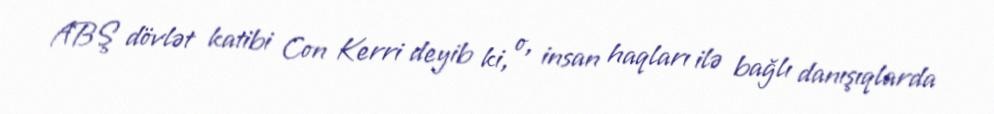
ABŞ dövlət katibi Con Kerri deyib ki, o, insan haqları ilə bağlı danışıqlarda